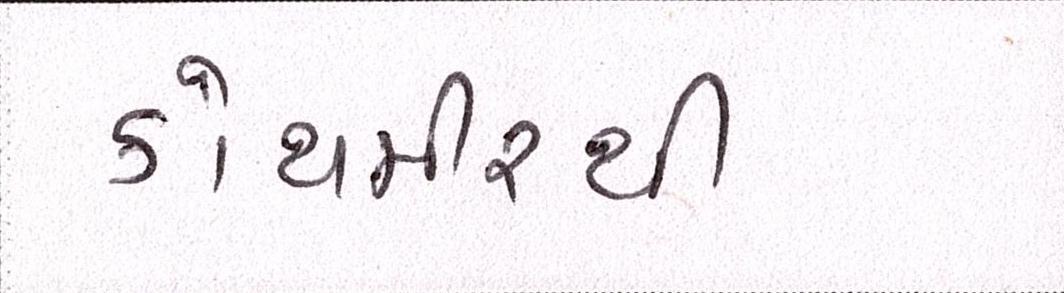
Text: કોથમીરથી